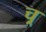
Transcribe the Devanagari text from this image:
च्र्